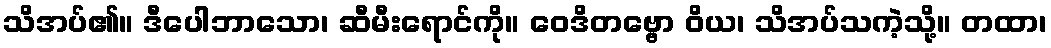
သိအပ်၏။ ဒီပေါဘာသော၊ ဆီမီးရောင်ကို။ ဝေဒိတဗ္ဗော ဝိယ၊ သိအပ်သကဲ့သို့။ တထာ၊